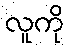
လူကို